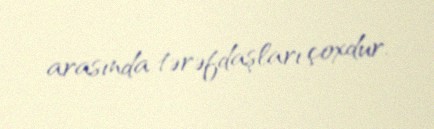
arasında tərəfdaşları çoxdur.